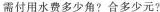
需付用水费多少角?合多少元?